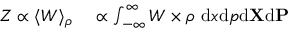
\begin{array} { r l } { Z \propto \langle W \rangle _ { \rho } } & { { } \propto \int _ { - \infty } ^ { \infty } W \times { \rho } \ \mathrm { d } x \mathrm { d } p \mathrm { d } { \bf { X } } \mathrm { d } { \bf { P } } } \end{array}